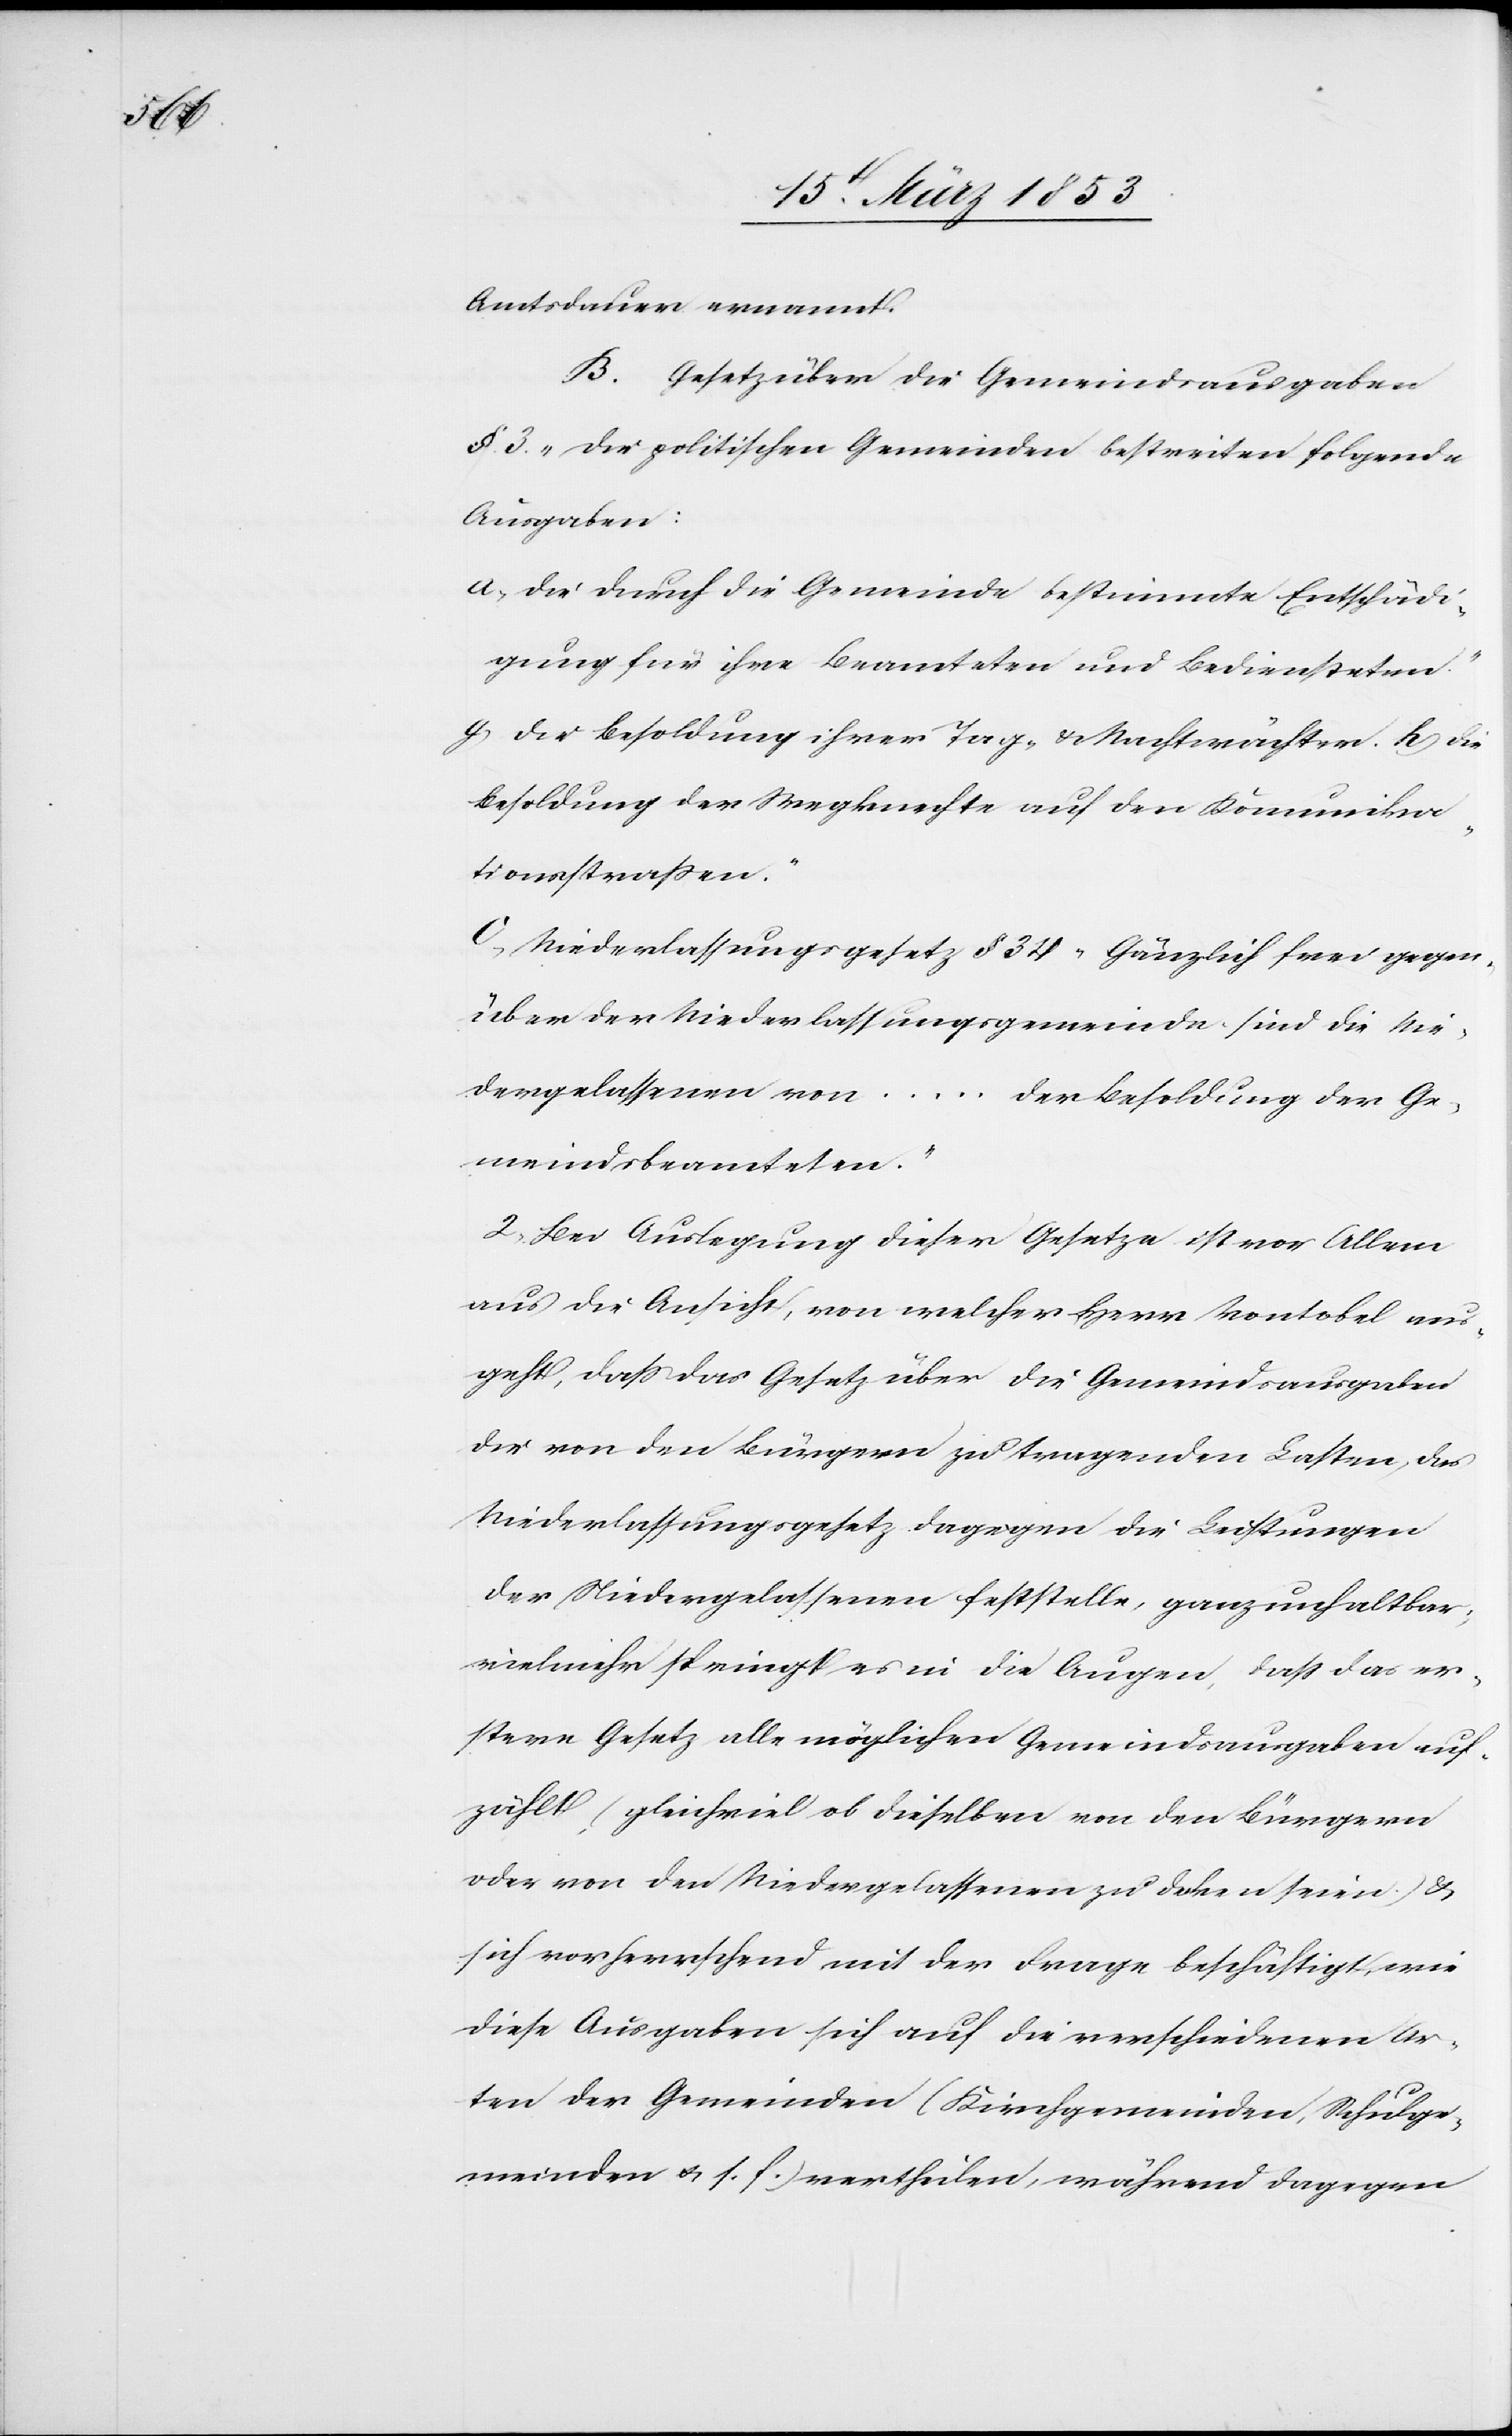
[si¬

Amtsdauer ernannt.
B. Gesetz über die Gemeindsausgaben
§. 3. „die politischen Gemeinden bestreiten folgende
Ausgaben:
a) Die durch die Gemeinde bestimmte Entschädi¬
gung für ihre Beamteten und Bediensteten.
c!] Die Besoldung ihrer Tag- u. Nachtwächter. h, Die
Besoldung der Wegknechte auf den Kommunika¬
tionsstraßen.“
C. Niederlassungsgesetz § 34 „Gänzlich frei gegen¬
über der Niederlassungsgemeinde sind die Nie¬
dergelassenen von … der Besoldung der Ge¬
meindsbeamteten.“
2) Bei Auslegung dieser Gesetze ist vor Allem
aus die Ansicht, von welcher Herr Vontobel aus¬
geht, daß das Gesetz über die Gemeindsausgaben
die von den Bürgern zu tragenden Lasten, das
Niederlassungsgesetz dagegen die Leistungen
der Niedergelassenen feststelle, ganz unhaltbar,
vielmehr springt es in die Augen, daß das er¬
stere Gesetz alle möglichen Gemeindsausgaben auf¬
zählt, (gleichviel ob dieselben von den Bürgern
oder von den Niedergelassenen zu decken seien) u.
sich vorhergehend mit der Frage beschäftigt wie
diese Ausgaben sich auf die verschiedenen Ar¬
ten der Gemeinden (Kirchgemeinde, Schulge¬
meinden u. s. f.) vertheilen, während dagegen